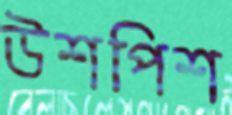
উশপিশ